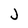
Character: J